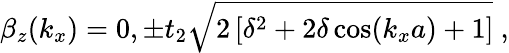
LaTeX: \beta_{z}(k_{x})=0,\pm t_{2}\sqrt{2\left[\delta^{2}+2\delta\cos(k_{x}a)+1\right]}\ ,